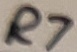
Text: R7